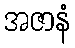
အဇာနံ